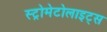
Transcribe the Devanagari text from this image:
स्ट्रोमेटोलाइट्स